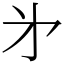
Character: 㐧